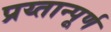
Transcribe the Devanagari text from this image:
प्रय्तान्पूर्ण